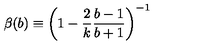
\beta ( b ) \equiv \left( 1 - \frac { 2 } { k } \frac { b - 1 } { b + 1 } \right) ^ { - 1 }